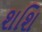
શશિ